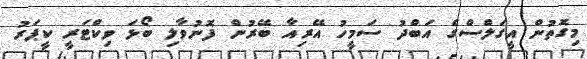
މިގޮތުން އީގަލްސްގެ އަބްދު ސަމީހު އޭރިއާ ބޭރުން ފޮނުވާލި ބޯޅަ ވިކްޓަރީ ކީޕަރު